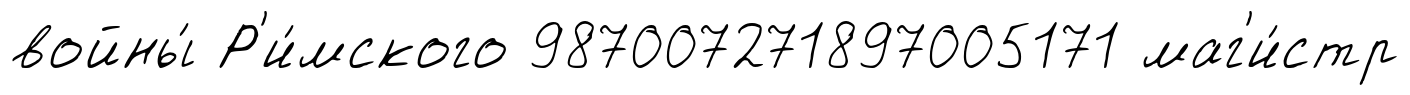
войны́ Р'и́мского 987007271897005171 маг'и́стр